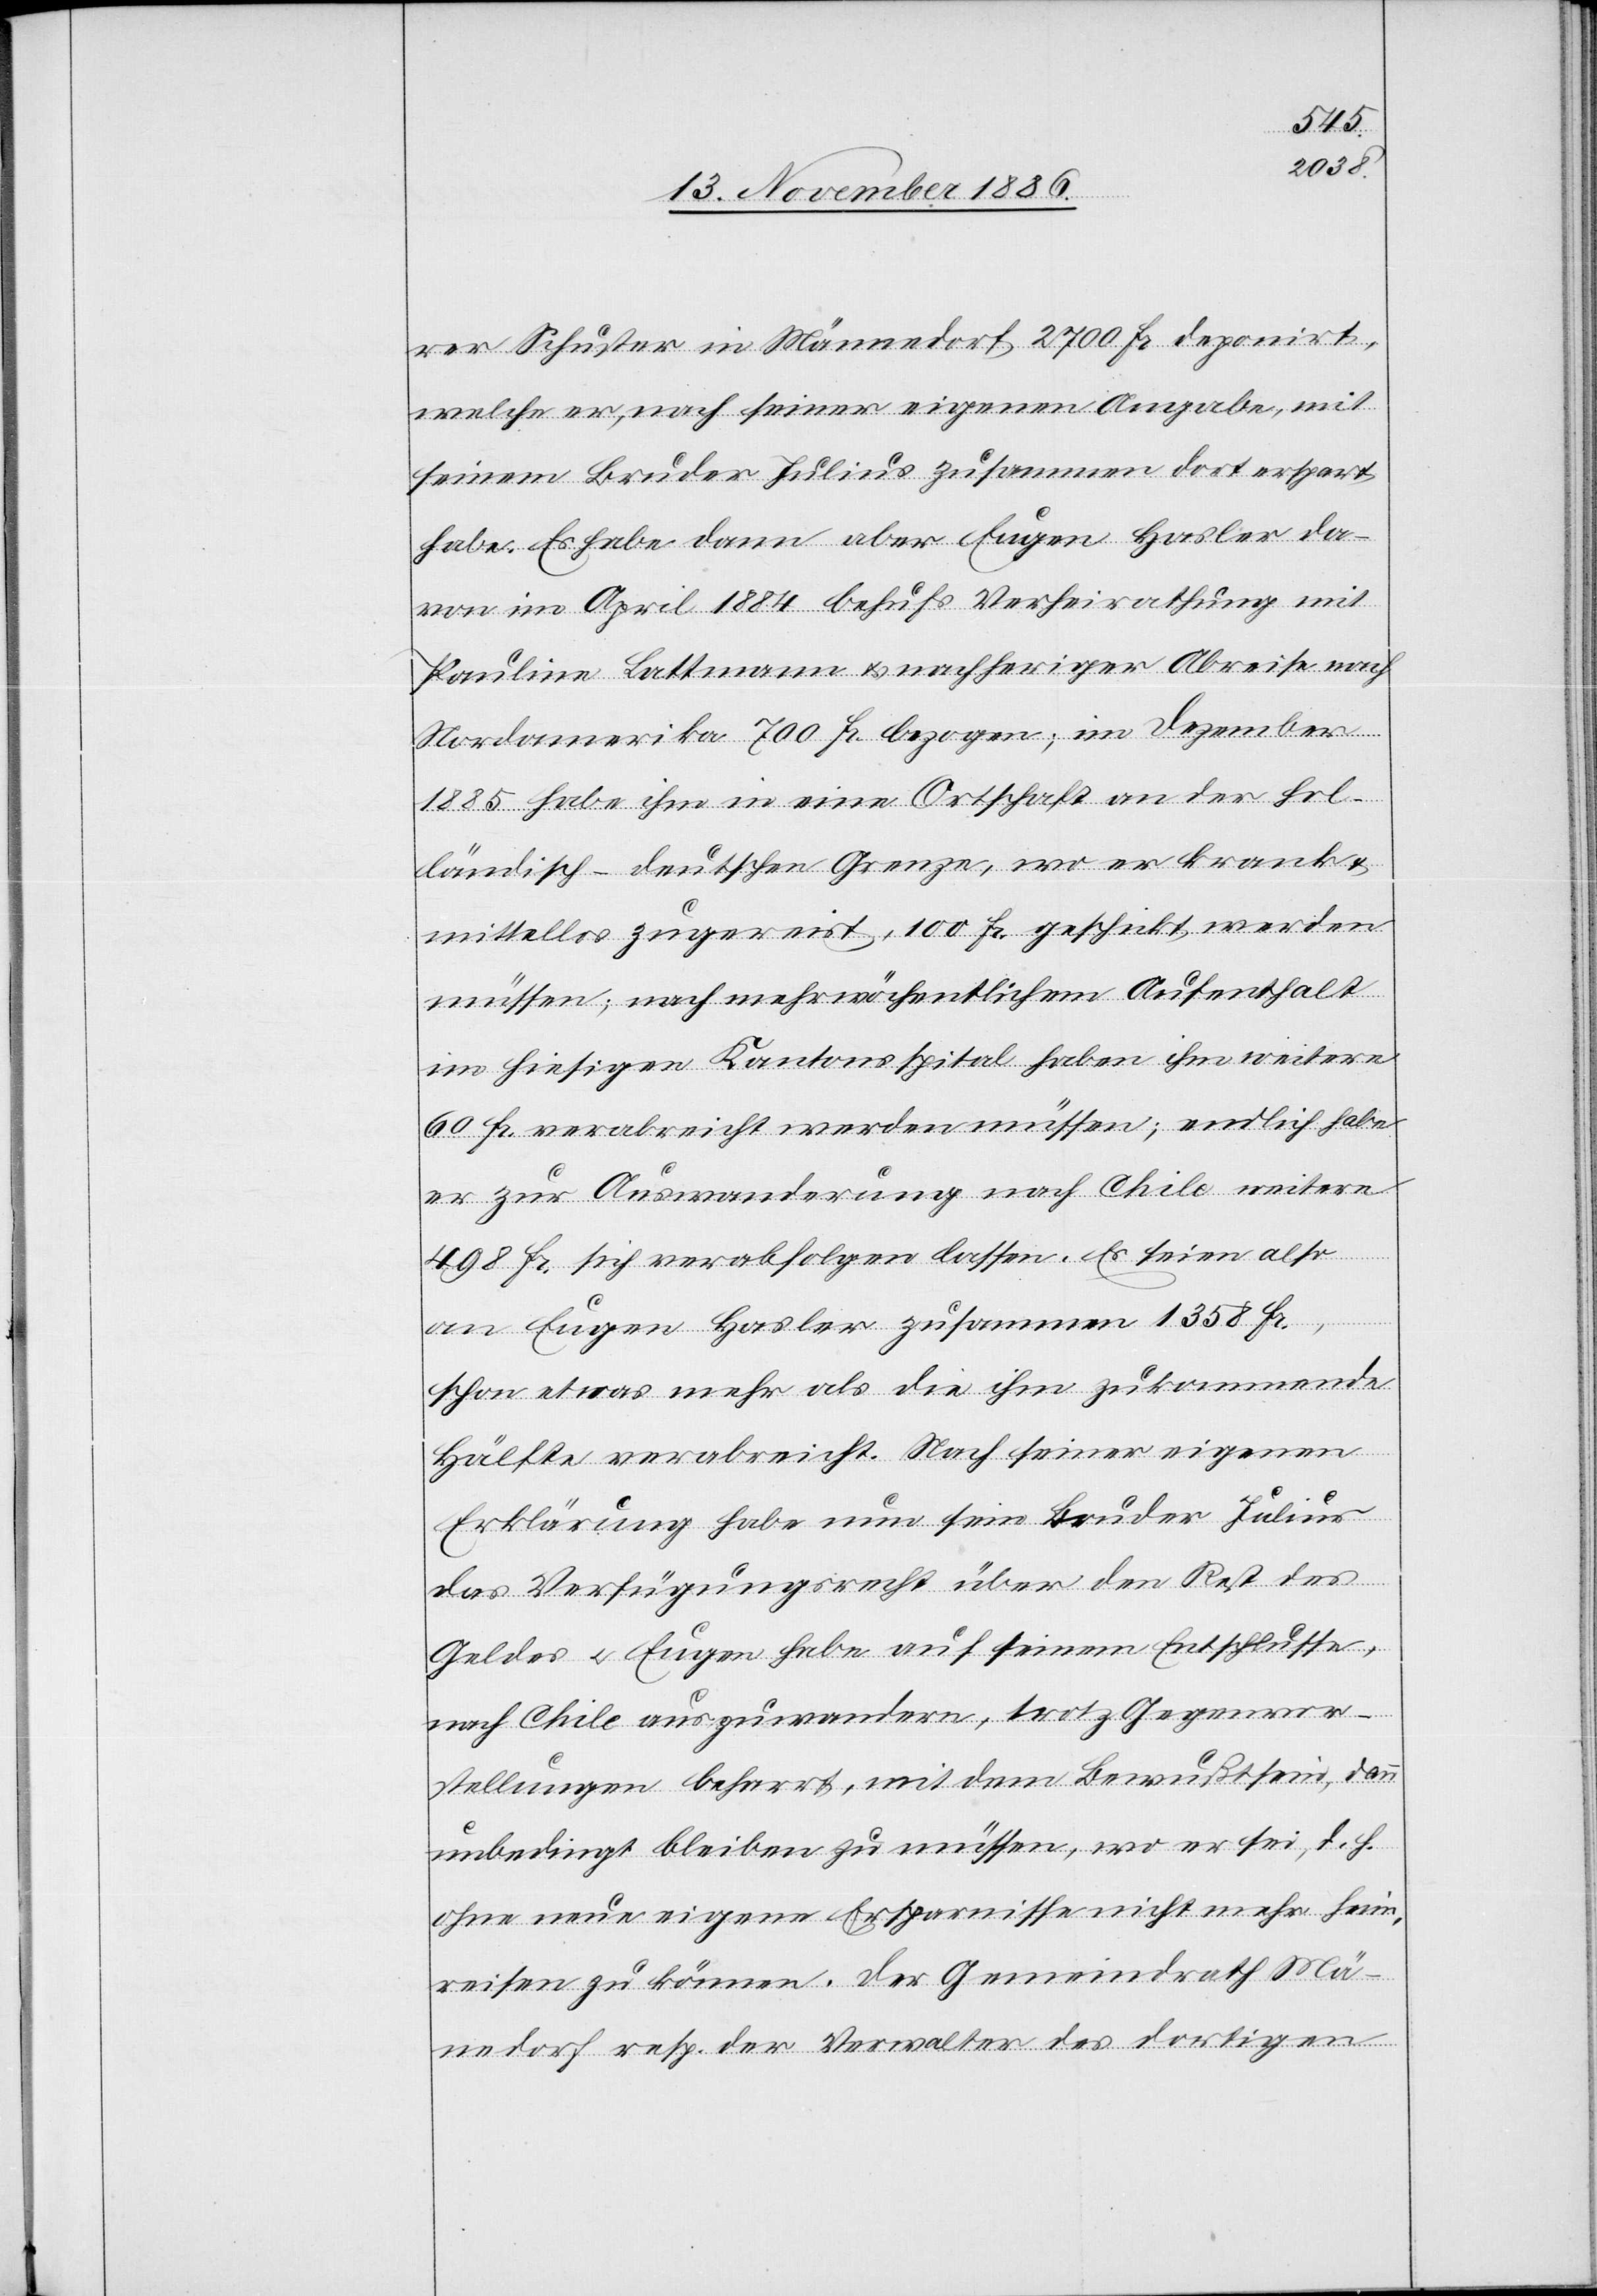
rer Schuster in Männedorf 2700 Fr. deponirt,
welche er, nach seiner eigenen Angabe, mit
seinem Bruder Julius zusammen dort erspart
habe. Es habe dann aber Eugen Hasler da¬
von im April 1884 behufs Verheirathung mit
Pauline Lattmann & nachheriger Abreise nach
Nordamerika 700 Fr. bezogen; im Dezember
1885 habe ihm in eine Ortschaft an der hol¬
ländisch-deutschen Grenze, wo er krank
mittellos zugereist, 100 Fr. geschickt werden
müssen; nach mehrwöchentlichem Aufenthalt
im hiesigen Kantonsspital haben ihm weitere
60 Fr. verabreicht werden müssen; endlich habe
er zur Auswanderung nach Chile weitere
498 Fr. sich verabfolgen lassen. Es seien also
an Eugen Hasler zusammen 1358 Fr.,
schon etwas mehr als die ihm zukommende
Hälfte verabreicht. Nach seiner eigenen
Erklärung habe nun sein Bruder Julius
das Verfügungsrecht über den Rest des
Geldes & Eugen habe auf seinem Entschlusse,
nach Chile auszuwandern, trotz Gegenvor¬
stellungen beharrt, mit dem Bewußtsein, dann
unbedingt bleiben zu müssen, wo er sei, d. h.
ohne neue eigene Ersparnisse nicht mehr heim¬
reisen zu können. Der Gemeindrath Mä¬
n[n]edorf resp. der Verwalter des dortigen